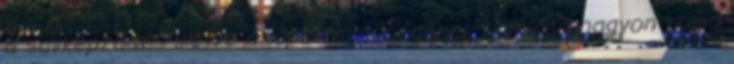
a savképződés illetve a lőpor minőségének romlása nagyon rövid